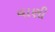
વાણી